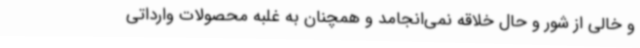
و خالی از شور و حال خلاقه نمی‌انجامد و همچنان به غلبه محصولات وارداتی